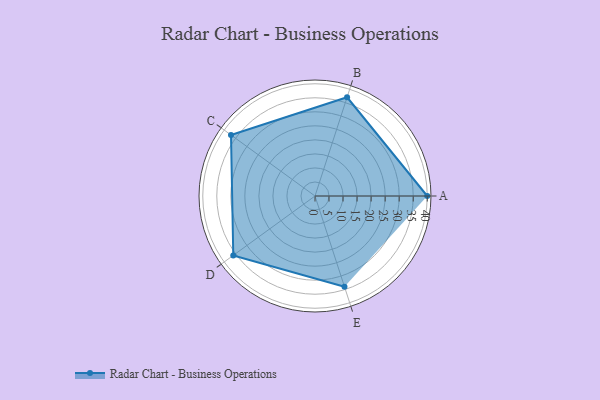
{"axis": {"x": "Skill", "y": "Score"}, "legend": ["Profile"], "data": [{"x": "A", "y": 40.0, "type": "Profile"}, {"x": "B", "y": 37.0, "type": "Profile"}, {"x": "C", "y": 37.0, "type": "Profile"}, {"x": "D", "y": 36.0, "type": "Profile"}, {"x": "E", "y": 34.0, "type": "Profile"}]}